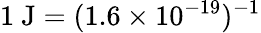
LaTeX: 1~\mathrm{J}=(1.6\times 10^{-19})^{-1}